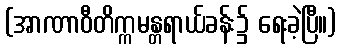
(အာဏာဝီတိက္ကမန္တရာယ်ခန်း၌ ရေးခဲ့ပြီ။)